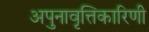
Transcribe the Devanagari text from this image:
अपुनावृत्तिकारिणी